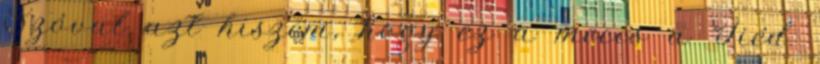
Szóval azt hiszem, hogy ez a meccs a Tiéd.